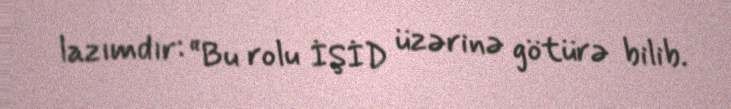
lazımdır: “Bu rolu İŞİD üzərinə götürə bilib.